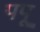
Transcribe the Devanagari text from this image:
पपू